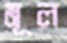
মূল